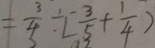
= \frac { 3 } { 4 } \div [ \frac { 3 } { 5 } + \frac { 1 } { 4 } ]